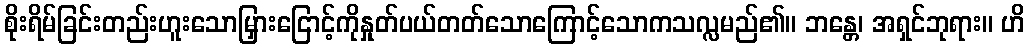
စိုးရိမ်ခြင်းတည်းဟူးသောမြှားငြောင့်ကိုနှုတ်ပယ်တတ်သောကြောင့်သောကသလ္လမည်၏။ ဘန္တေ၊ အရှင်ဘုရား။ ဟိ